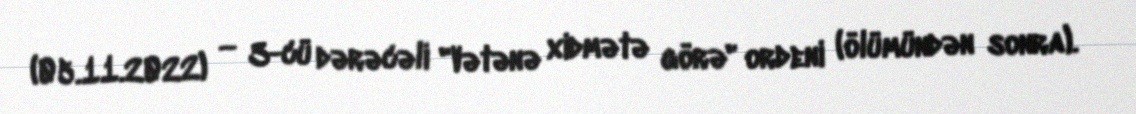
(05.11.2022) — 3-cü dərəcəli "Vətənə xidmətə görə" ordeni (ölümündən sonra).